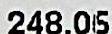
248.05